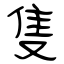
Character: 隻